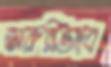
জরুরীভাবে